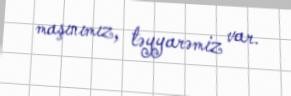
maşınımız, təyyarəmiz var.